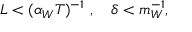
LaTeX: L < ( \alpha _ { W } T ) ^ { - 1 } \ , \ \ \ \delta < m _ { W } ^ { - 1 } ,